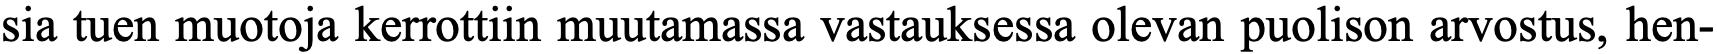
sia tuen muotoja kerrottiin muutamassa vastauksessa olevan puolison arvostus, hen-